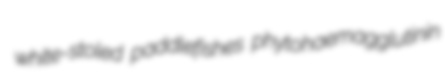
white-stoled paddlefishes phytohaemagglutinin